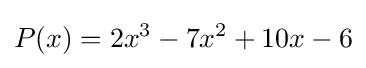
P(x)=2x^{3}-7x^{2}+10x-6